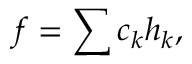
f = \sum c _ { k } h _ { k } ,